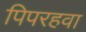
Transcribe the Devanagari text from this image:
पिपरहवा